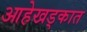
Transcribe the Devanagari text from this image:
आहेखड्कात